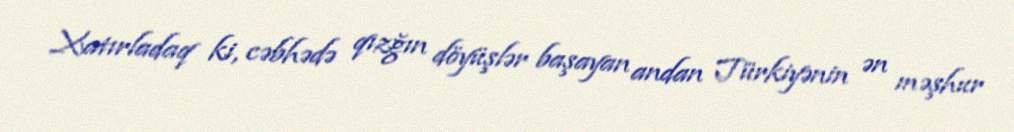
Xatırladaq ki, cəbhədə qızğın döyüşlər başayan andan Türkiyənin ən məşhur